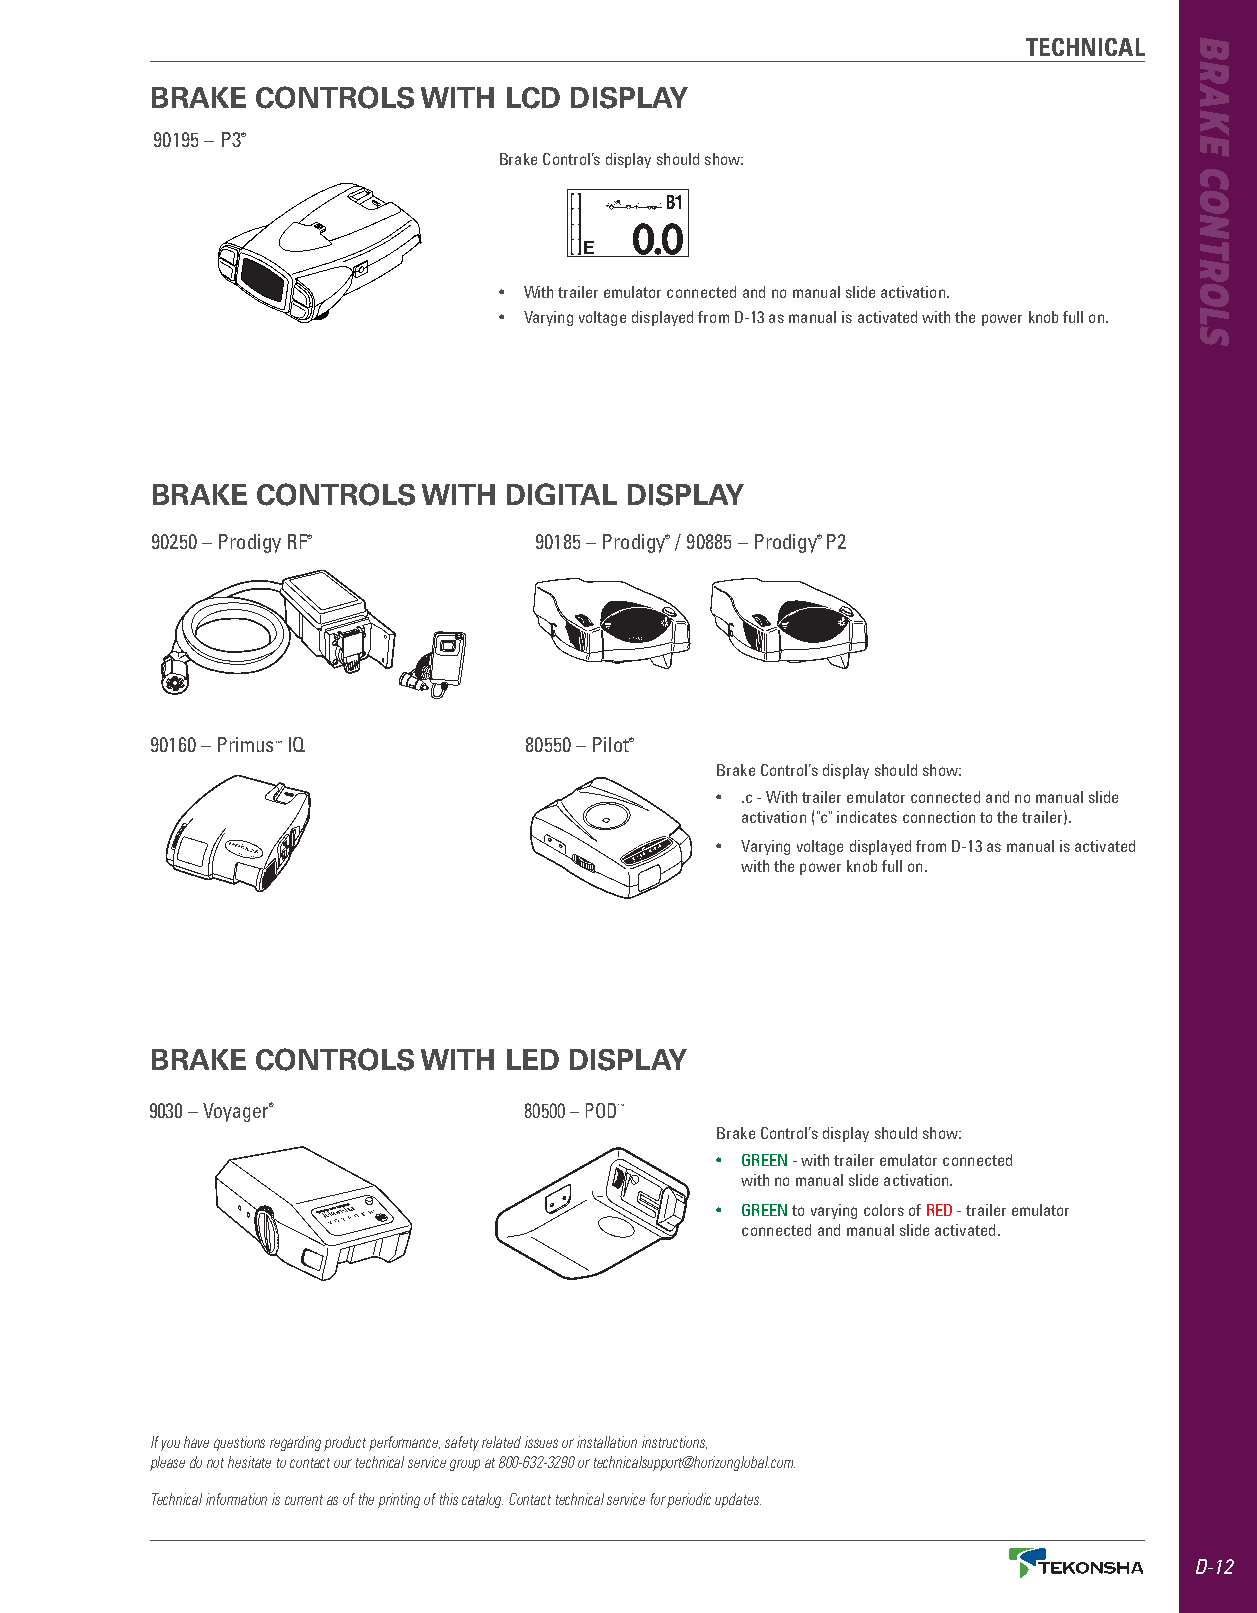
TECHNICAL
 BRAKE  CONTROLS   WITH LCD  DISPLAY
 90195 – P3®
 Brake Control’s display should show:
 • With trailer emulator connected and no manual slide activation .
 • Varying voltage displayed from D-13 as manual is activated with the power knob full on .
 BRAKE  CONTROLS   WITH DIGITAL DISPLAY
 90250 – Prodigy RF®      90185 – Prodigy® / 90885 – Prodigy® P2
 90160 – Primus™ IQ       80550 – Pilot®
 Brake Control’s display should show:
 •  .c - With trailer emulator connected and no manual slide
 activation ("c" indicates connection to the trailer) .
 • Varying voltage displayed from D-13 as manual is activated
 with the power knob full on .
 BRAKE  CONTROLS   WITH LED  DISPLAY
 9030 – Voyager®          80500 – POD™
 Brake Control’s display should show:
 • GREEN - with trailer emulator connected
 with no manual slide activation .
 • GREEN to varying colors of RED - trailer emulator
 connected and manual slide activated .
 If you have questions regarding product performance, safety related issues or installation instructions,
 please do not hesitate to contact our technical service group at 800-632-3290 or technicalsupport@horizonglobal.com.
 Technical information is current as of the printing of this catalog. Contact technical service for periodic updates.
 D-12
 BRAKE
 CONTROLS